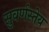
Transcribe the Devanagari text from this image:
सुवर्णस्तेय